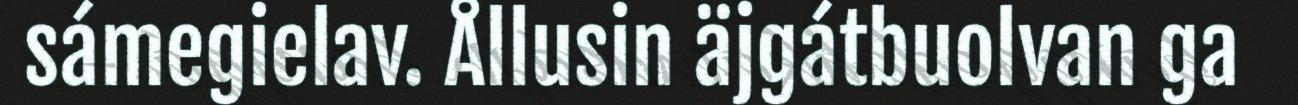
sámegielav. Ållusin äjgátbuolvan ga